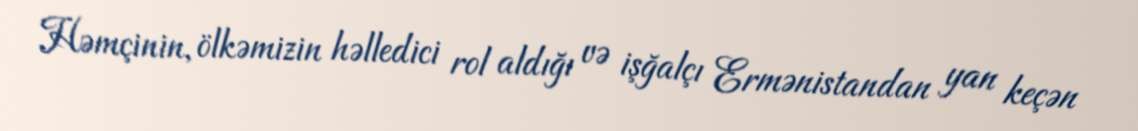
Həmçinin, ölkəmizin həlledici rol aldığı və işğalçı Ermənistandan yan keçən